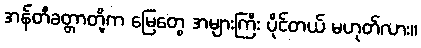
အန်တီခတ္တာတို့က မြေတွေ အများကြီး ပိုင်တယ် မဟုတ်လား။